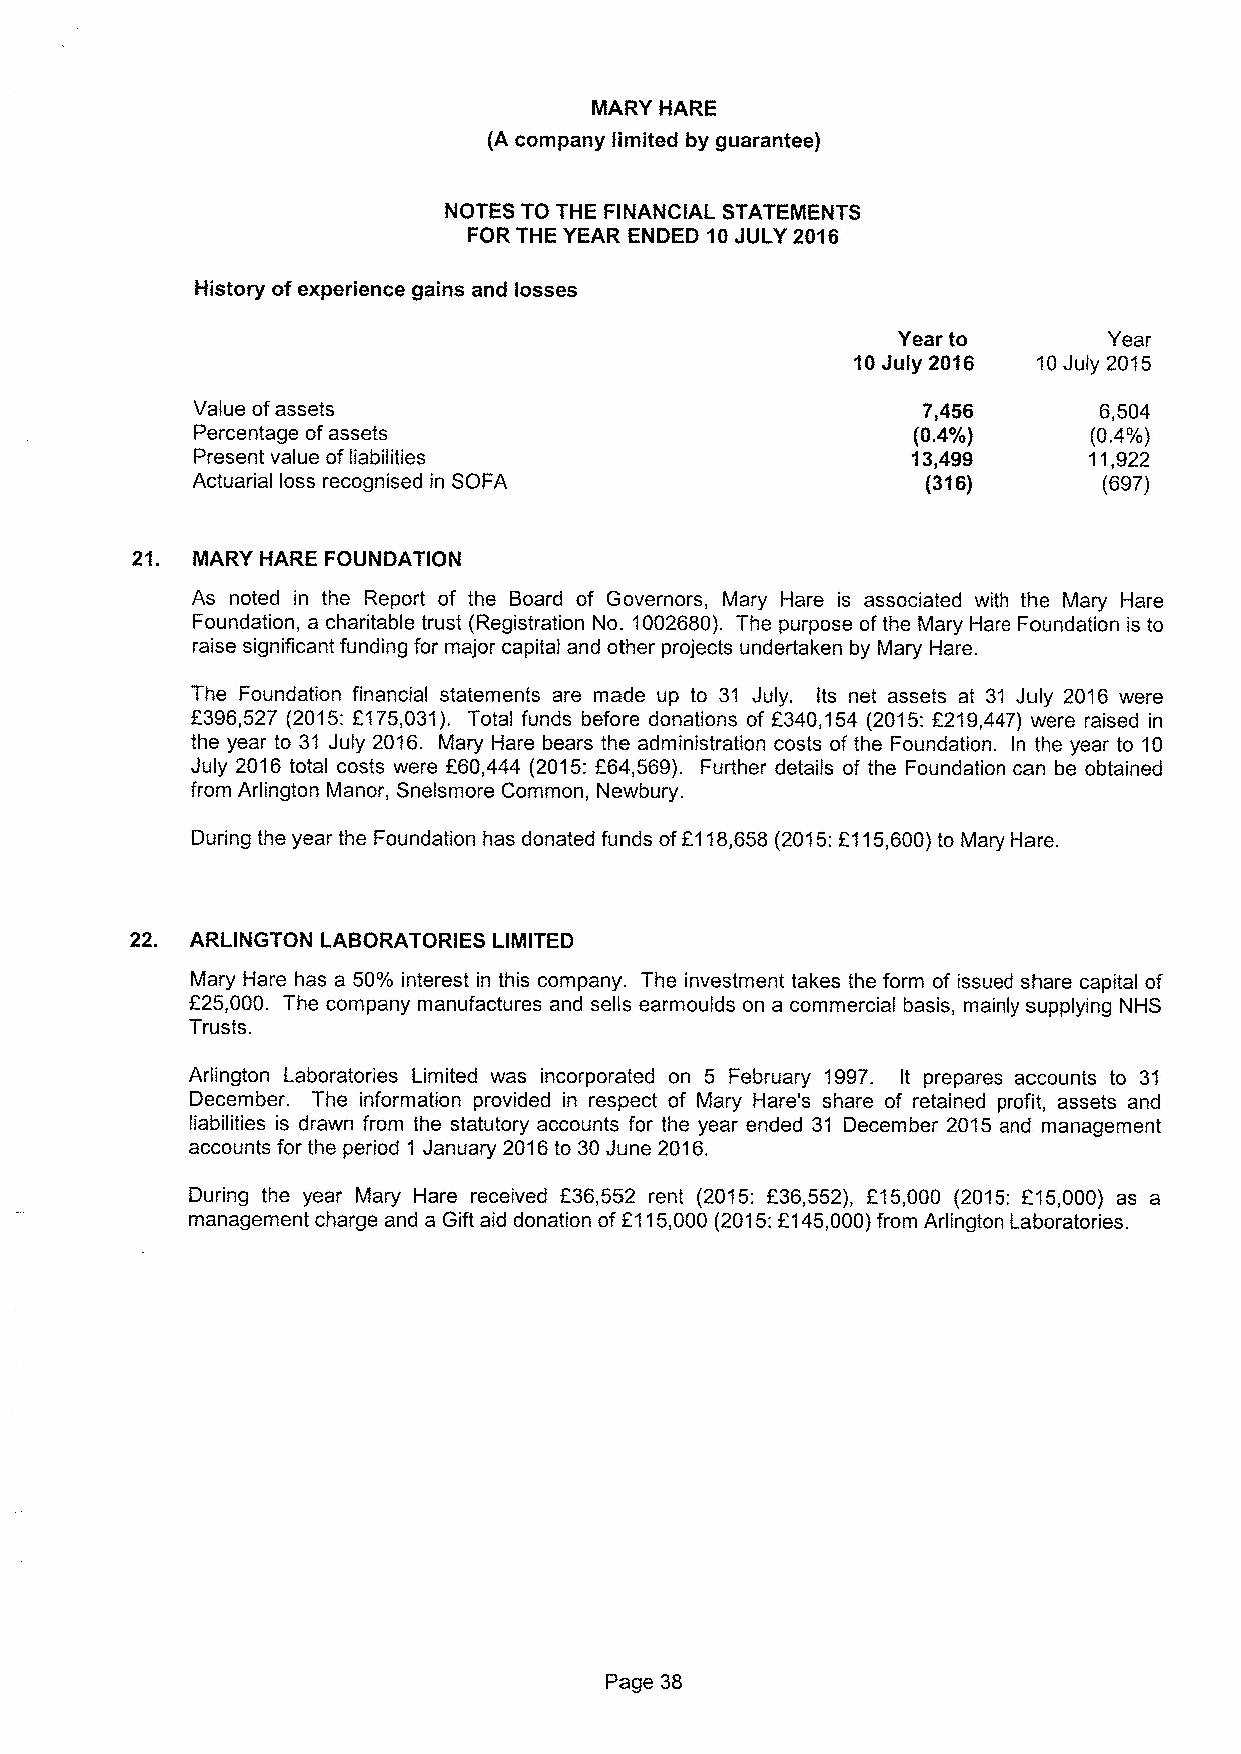
MARY HARE
 (A company limited by guarantee)
 NOTES TO THE FINANCIAL STATEMENTS
 FOR THE YEAR ENDED 10JULY 2016
 History ofexperience gains and losses
 Year to       Year
 10July 2016  10July 2015
 Value ofassets                                  ?,456       6,504
 Percentage ofassets                            (0.4'/o)    (0.4'/o)
 Present value ofliabilities                    13,499      11,922
 Actuarial loss recognised in SOFA               (316)       (697)
 21. MARY HARE FOUNDATION
 As noted in the Report of the Board of Governors, Mary Hare is associated with the Mary Hare
 Foundation, a charitable trust (Registration No. 1002680). The purpose ofthe Mary Hare Foundation is to
 raise significant funding for major capital and other projects undertaken by Mary Hare.
 The Foundation financial statements are made up to 31 July. Its net assets at 31 July 2016 were
 2396,527 (2015:6175,031). Total funds before donations of 2340,154 (2015:f219,447) were raised in
 the year to 31 July 2016. Mary Hare bears the administration costs of the Foundation. In the year to 10
 July 2016 total costs were 260,444 (2015:f64,569). Further details of the Foundation can be obtained
 from Arlington Manor, Snelsmore Common, Newbury.
 During the year the Foundation has donated funds of2118,658 {2015:2115,600)to Mary Hare.
 22. ARLINGTON LABORATORIES LIMITED
 Mary Hare has a 50'/o interest in this company. The investment takes the form of issued share capital of
 E25,000. The company manufactures and sells earmoulds on a commercial basis, mainly supplying NHS
 Trusts.
 Arlington Laboratories Limited was incorporated on 5 February 1997. It prepares accounts to 31
 December. The information provided in respect of Mary Hare's share of retained profit, assets and
 liabilities is drawn from the statutory accounts for the year ended 31 December 2015 and management
 accounts for the period 1 January 2016to 30June 2016.
 During the year Mary Hare received 636,552 rent {2015:f36,552), F15,000 (2015: 215,000) as a
 management charge and a Gift aid donation of6115,000 (2015:2145,000)from Arlington Laboratories.
 Page 38